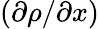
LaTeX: (\partial\rho/\partial x)